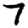
Digit: 7